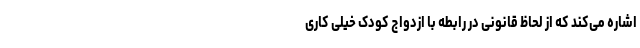
اشاره می‌کند که از لحاظ قانونی در رابطه با ازدواج کودک خیلی کاری